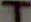
T